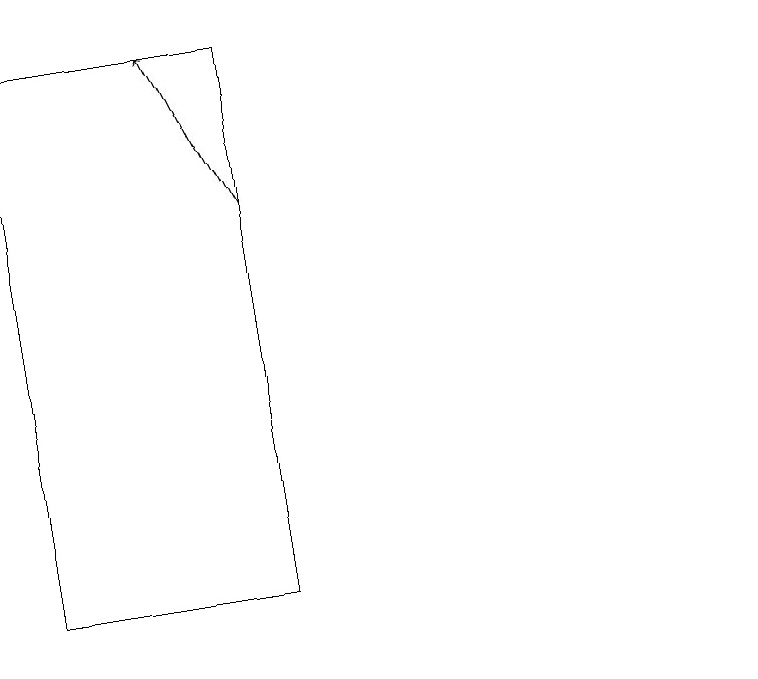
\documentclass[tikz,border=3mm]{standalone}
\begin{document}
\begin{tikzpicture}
\draw[->] (6,16) -- (5,18);
\draw (3,18) rectangle (6,11);
\draw (12,10) circle (0);
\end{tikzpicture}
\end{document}